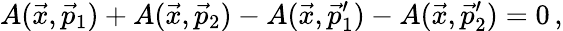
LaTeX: A(\vec{x},\vec{p}_{1})+A(\vec{x},\vec{p}_{2})-A(\vec{x},\vec{p}_{1}^{\prime})-A(\vec{x},\vec{p}_{2}^{\prime})=0\, ,